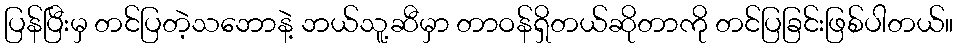
ပြန်ပြီးမှ တင်ပြတဲ့သဘောနဲ့ ဘယ်သူ့ဆီမှာ တာဝန်ရှိတယ်ဆိုတာကို တင်ပြခြင်းဖြစ်ပါတယ်။